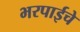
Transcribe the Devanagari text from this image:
भरपाईचे